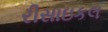
રીસાઇકલ